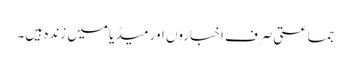
جماعتی صرف اخباروں اور میڈیا میں زندہ ہیں۔